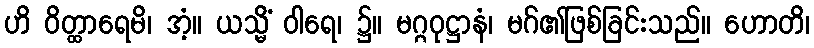
ဟိ ဝိတ္ထာရေမိ၊ အံ့။ ယသ္မိံ ဝါရေ၊ ၌။ မဂ္ဂဝုဋ္ဌာနံ၊ မဂ်၏ဖြစ်ခြင်းသည်။ ဟောတိ၊